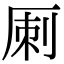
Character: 𠩪